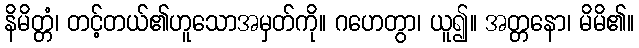
နိမိတ္တံ၊ တင့်တယ်၏ဟူသောအမှတ်ကို။ ဂဟေတွာ၊ ယူ၍။ အတ္တနော၊ မိမိ၏။